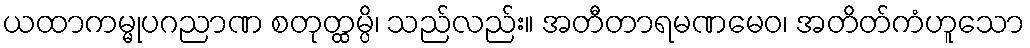
ယထာကမ္မုပဂညာဏ စတုတ္ထမ္ပိ၊ သည်လည်း။ အတီတာရမဏမေဝ၊ အတိတ်ကံဟူသော